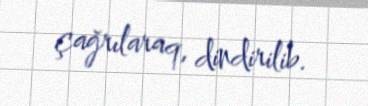
çağrılaraq, dindirilib.